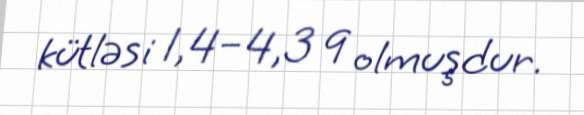
kütləsi 1,4–4,3 q olmuşdur.